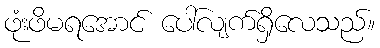
ဖုံးဖိမရအောင် ပေါ်လျက်ရှိလေသည်။